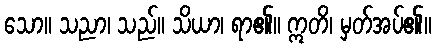
သော။ သညာ၊ သည်။ သိယာ၊ ရာ၏။ ဣတိ၊ မှတ်အပ်၏။